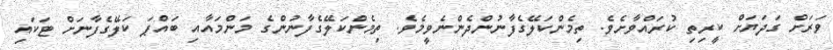
ވަރަށް ގަދަޔަށް ކީރިތި ކުރައްވާށެވެ. ތިމެންކަލޭގެފާނުންދެންނެވީމެވެ. ތިމެންކަލޭގެފާނުންގެ މަންމައާއި ބައްޕަ ކަލޭގެފާނަށް ޓަކައި